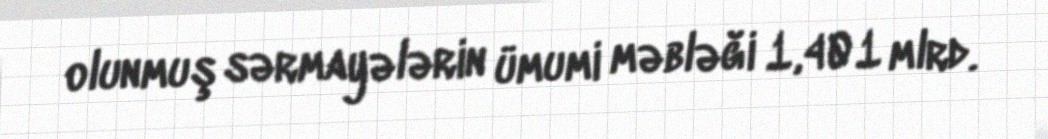
olunmuş sərmayələrin ümumi məbləği 1,401 mlrd.